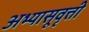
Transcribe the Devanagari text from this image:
अभ्यासूवृत्ती